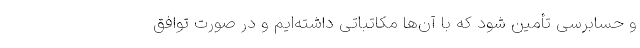
و حسابرسی تأمین شود که با آن‌ها مکاتباتی داشته‌ایم و در صورت توافق